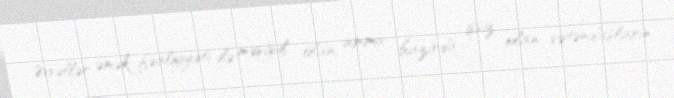
Əvvəllər əmək fəaliyyəti ilə məşğul olan, amma hazırda işsiz olan vətəndaşların